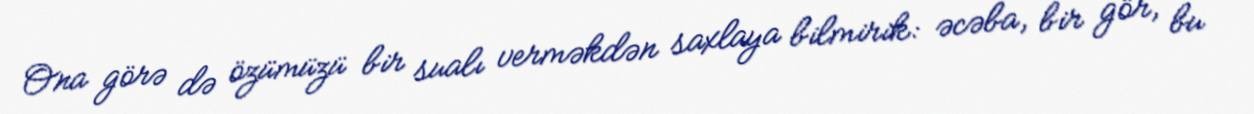
Ona görə də özümüzü bir sualı verməkdən saxlaya bilmirik: əcəba, bir gör, bu